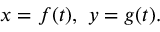
x = f ( t ) , \ y = g ( t ) .